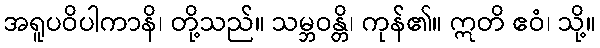
အရူပဝိပါကာနိ၊ တို့သည်။ သမ္ဘဝန္တိ၊ ကုန်၏။ ဣတိ ဧဝံ၊ သို့။